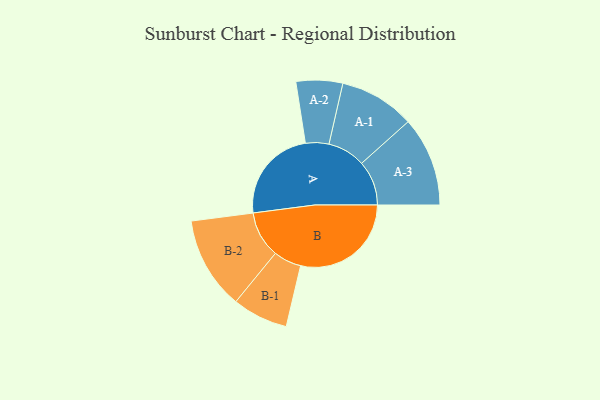
{"axis": {"x": "Segment", "y": "Value"}, "legend": ["", "A", "B"], "data": [{"x": "A", "y": 419, "type": ""}, {"x": "B", "y": 489, "type": ""}, {"x": "A-1", "y": 167, "type": "A"}, {"x": "A-2", "y": 103, "type": "A"}, {"x": "A-3", "y": 198, "type": "A"}, {"x": "B-1", "y": 123, "type": "B"}, {"x": "B-2", "y": 205, "type": "B"}]}